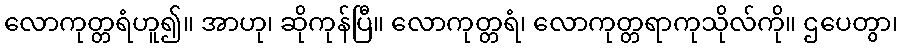
လောကုတ္တရံဟူ၍။ အာဟု၊ ဆိုကုန်ပြီ။ လောကုတ္တရံ၊ လောကုတ္တရာကုသိုလ်ကို။ ဌပေတွာ၊